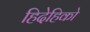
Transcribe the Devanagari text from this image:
हिदेहिको